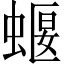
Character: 蝘